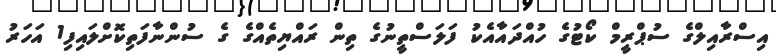
އިސްރާއިލްގެ ސުޕްރީމް ކޯޓުގެ ހުއްދައާއެކު ފަލަސްތީނުގެ ތިން ރައްޔިތެއްގެ ގެ ސުންނާފަތިކޮށްލައިފި1 އަހަރު